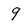
Character: 9